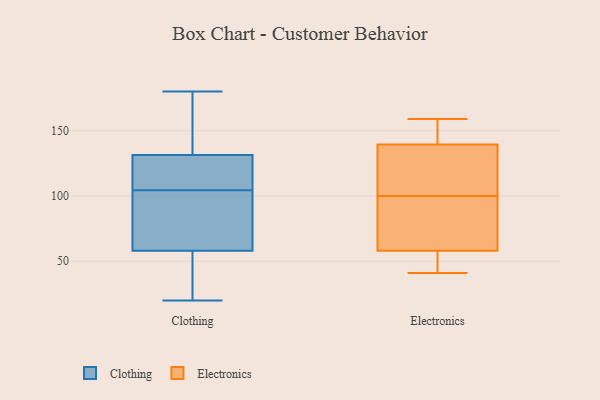
{"axis": {"x": "Demand Index", "y": "Value"}, "legend": ["Clothing", "Electronics"], "data": [{"x": "", "y": 112, "type": "Clothing"}, {"x": "", "y": 108, "type": "Clothing"}, {"x": "", "y": 55, "type": "Clothing"}, {"x": "", "y": 92, "type": "Clothing"}, {"x": "", "y": 20, "type": "Clothing"}, {"x": "", "y": 117, "type": "Clothing"}, {"x": "", "y": 180, "type": "Clothing"}, {"x": "", "y": 176, "type": "Clothing"}, {"x": "", "y": 61, "type": "Clothing"}, {"x": "", "y": 131, "type": "Clothing"}, {"x": "", "y": 37, "type": "Clothing"}, {"x": "", "y": 32, "type": "Clothing"}, {"x": "", "y": 81, "type": "Clothing"}, {"x": "", "y": 101, "type": "Clothing"}, {"x": "", "y": 132, "type": "Clothing"}, {"x": "", "y": 178, "type": "Clothing"}, {"x": "", "y": 56, "type": "Electronics"}, {"x": "", "y": 148, "type": "Electronics"}, {"x": "", "y": 64, "type": "Electronics"}, {"x": "", "y": 101, "type": "Electronics"}, {"x": "", "y": 46, "type": "Electronics"}, {"x": "", "y": 143, "type": "Electronics"}, {"x": "", "y": 129, "type": "Electronics"}, {"x": "", "y": 159, "type": "Electronics"}, {"x": "", "y": 83, "type": "Electronics"}, {"x": "", "y": 100, "type": "Electronics"}, {"x": "", "y": 155, "type": "Electronics"}, {"x": "", "y": 89, "type": "Electronics"}, {"x": "", "y": 102, "type": "Electronics"}, {"x": "", "y": 43, "type": "Electronics"}, {"x": "", "y": 41, "type": "Electronics"}]}